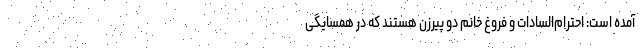
آمده است: احترام‌السادات و فروغ خانم دو پیرزن هستند که در همسایگی